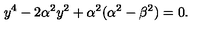
y ^ { 4 } - 2 \alpha ^ { 2 } y ^ { 2 } + \alpha ^ { 2 } ( \alpha ^ { 2 } - \beta ^ { 2 } ) = 0 .